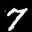
Label: 7